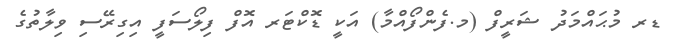
ޑރ މުޙައްމަދު ޝަރީފް (މ.ފެންފޯއްމާ) އަކީ ޑޮކްޓަރ އޮފް ފިލޯސަފީ އިގިރޭސި ވިލާތުގެ